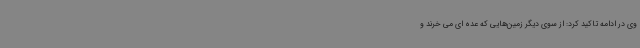
وی در ادامه تاکید کرد: از سوی دیگر زمین‌هایی که عده ای می خرند و